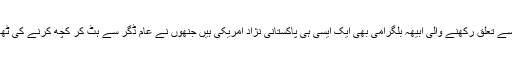
کراچی سے تعلق رکھنے والی ابیھہ بلگرامی بھی ایک ایسی ہی پاکستانی نژاد امریکی ہیں جنھوں نے عام ڈگر سے ہٹ کر کچھ کرنے کی ٹھانی ہے۔